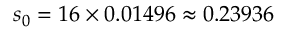
s _ { 0 } = 1 6 \times 0 . 0 1 4 9 6 \approx 0 . 2 3 9 3 6